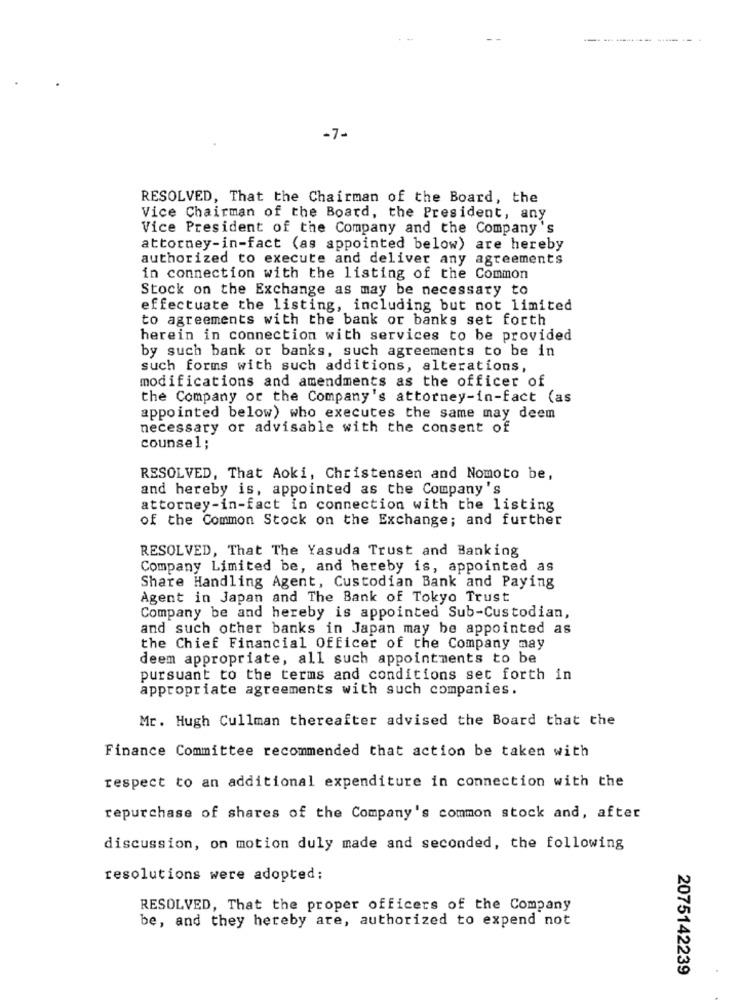
-------- ---- ---
-7-
RESOLVED, That the Chairman of the Board, the
Vice Chairman of the Board, the President, any
Vice President of the Company and the Company's
attorney-in-fact (as appointed below) are hereby
authorized to execute and deliver any agreements
in connection with the listing of the Common
Stock on the Exchange as may be necessary to
effectuate the listing, including but not limited
to agreements with the bank or banks set forth
herein in connection with services to be provided
by such bank or banks, such agreements to be in
such forms with such additions, alterations,
modifications and amendments as the officer of
the Company or the Company's attorney-in-fact (as
appointed below) who executes the same may deem
necessary or advisable with the consent of
counsel ;
RESOLVED, That Aoki, Christensen and Nomoto be,
and hereby is, appointed as the Company's
attorney-in-fact in connection with the listing
of the Common Stock on the Exchange; and further
RESOLVED, That The Yasuda Trust and Banking
Company Limited be, and hereby is, appointed as
Share Handling Agent, Custodian Bank and Paying
Agent in Japan and The Bank of Tokyo Trust
Company be and hereby is appointed Sub-Custodian,
and such other banks in Japan may be appointed as
the Chief Financial Officer of the Company may
deem appropriate, all such appointments to be
pursuant to the terms and conditions set forth in
appropriate agreements with such companies.
Mr. Hugh Cullman thereafter advised the Board that the
Finance Committee recommended that action be taken with
respect to an additional expenditure in connection with the
repurchase of shares of the Company's common stock and, after
discussion, on motion duly made and seconded, the following
resolutions were adopted:
RESOLVED, That the proper officers of the Company
be, and they hereby are, authorized to expend not
2075142239